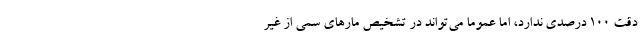
دقت 100 درصدی ندارد، اما عموما می‌تواند در تشخیص مارهای سمی از غیر